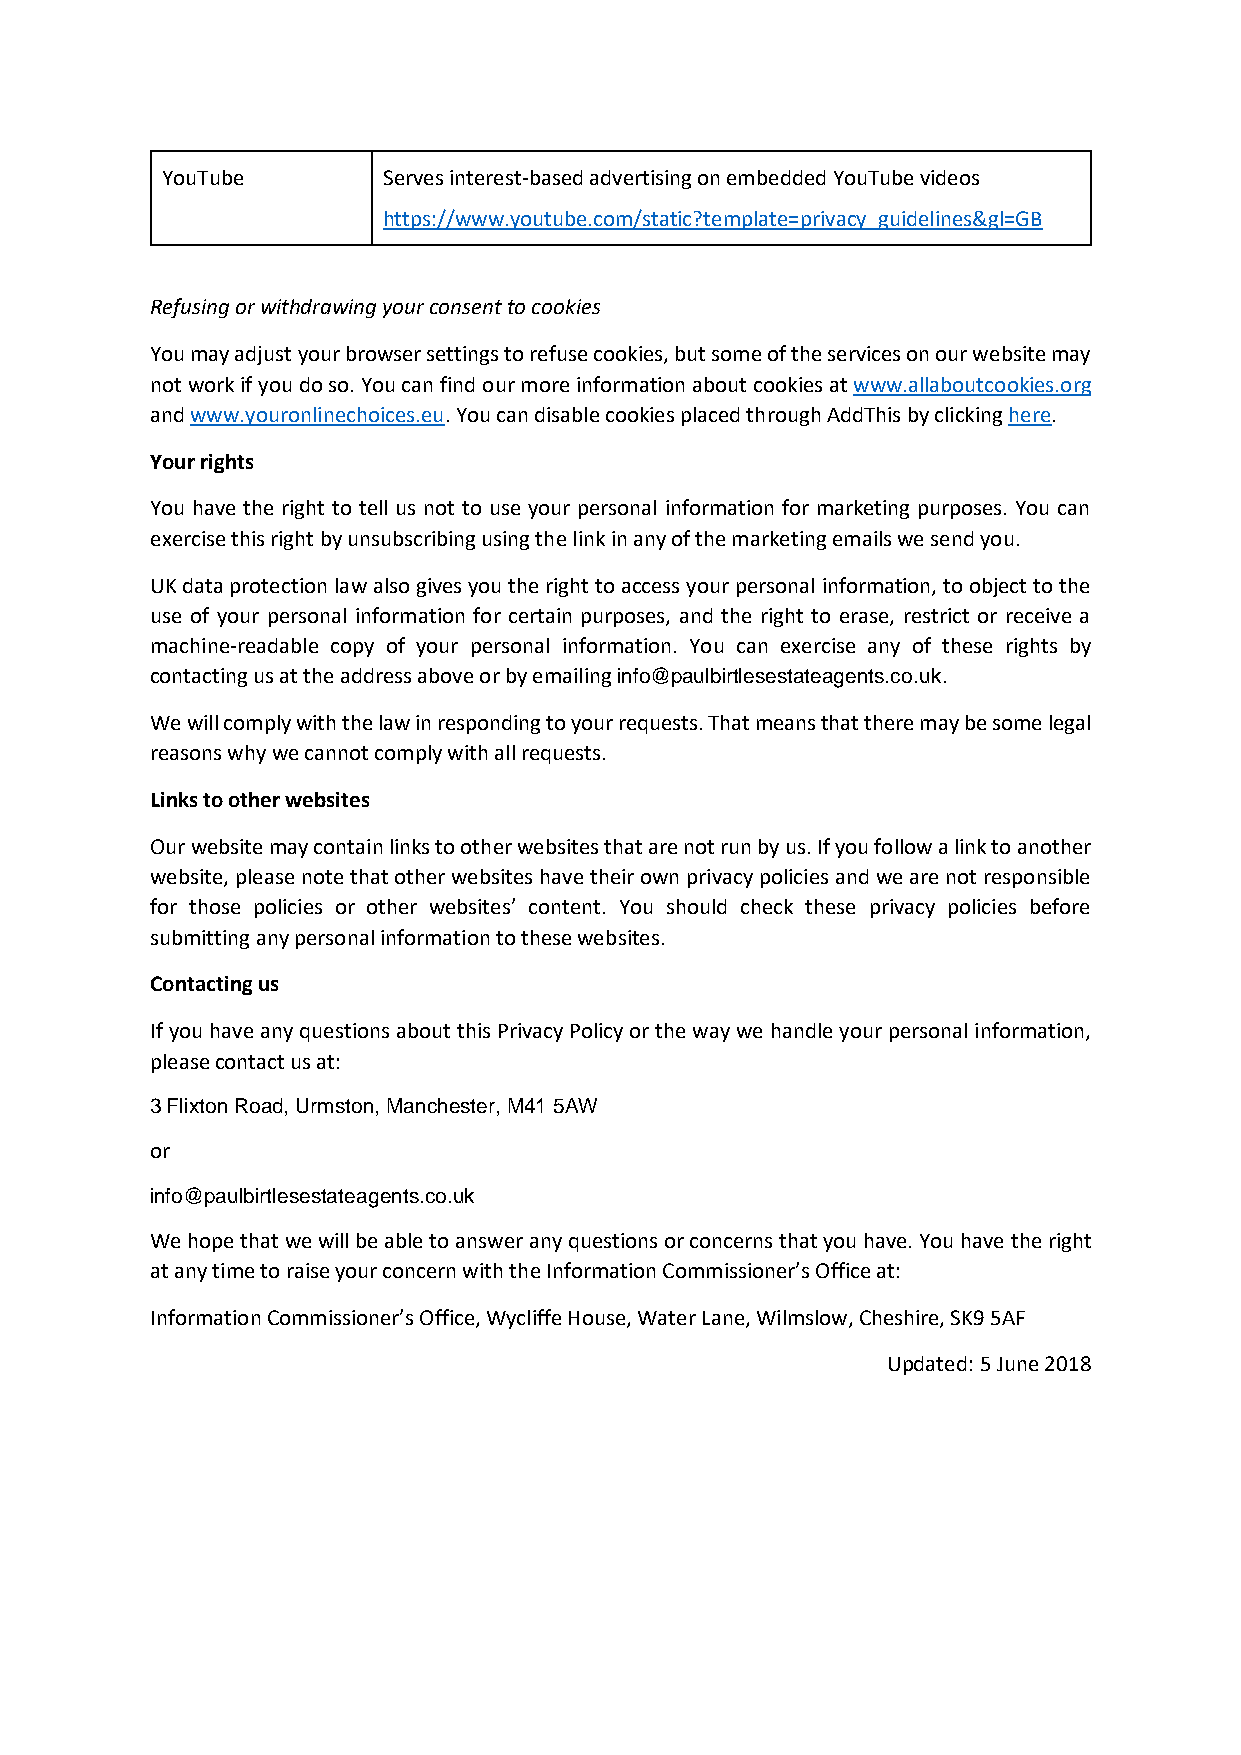
YouTube       Serves interest-based advertising on embedded YouTube videos
 https://www.youtube.com/static?template=privacy_guidelines&gl=GB
 Refusing or withdrawing your consent to cookies
 You may adjust your browser settings to refuse cookies, but some of the services on our website may
 not work if you do so. You can find our more information about cookies at www.allaboutcookies.org
 and www.youronlinechoices.eu. You can disable cookies placed through AddThis by clicking here.
 Your rights
 You have the right to tell us not to use your personal information for marketing purposes. You can
 exercise this right by unsubscribing using the link in any of the marketing emails we send you.
 UK data protection law also gives you the right to access your personal information, to object to the
 use of your personal information for certain purposes, and the right to erase, restrict or receive a
 machine-readable copy of your personal information. You can exercise any of these rights by
 contacting us at the address above or by emailing info@paulbirtlesestateagents.co.uk.
 We will comply with the law in responding to your requests. That means that there may be some legal
 reasons why we cannot comply with all requests.
 Links to other websites
 Our website may contain links to other websites that are not run by us. If you follow a link to another
 website, please note that other websites have their own privacy policies and we are not responsible
 for those policies or other websites’ content. You should check these privacy policies before
 submitting any personal information to these websites.
 Contacting us
 If you have any questions about this Privacy Policy or the way we handle your personal information,
 please contact us at:
 3 Flixton Road, Urmston, Manchester, M41 5AW
 or
 info@paulbirtlesestateagents.co.uk
 We hope that we will be able to answer any questions or concerns that you have. You have the right
 at any time to raise your concern with the Information Commissioner’s Office at:
 Information Commissioner’s Office, Wycliffe House, Water Lane, Wilmslow, Cheshire, SK9 5AF
 Updated: 5 June 2018